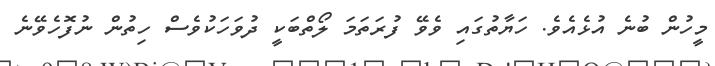
މީހުން ބުނެ އުޅެއެވެ. ހަޔާތުގައި ވެވޭ ފުރަތަމަ ލޯތްބަކީ ދުވަހަކުވެސް ހިތުން ނުފޮހެވޭނެ